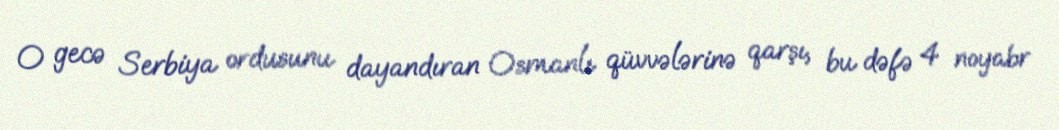
O gecə Serbiya ordusunu dayandıran Osmanlı qüvvələrinə qarşı, bu dəfə 4 noyabr